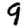
Digit: 9